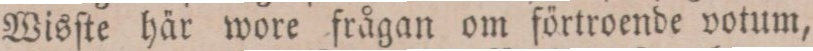
Wisſte här wore frågan om förtroende votum,